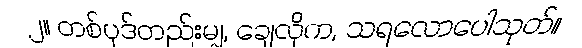
၂။ တစ်ပုဒ်တည်းမျှ, ချေလိုက, သရလောပေါသုတ်။